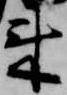
来